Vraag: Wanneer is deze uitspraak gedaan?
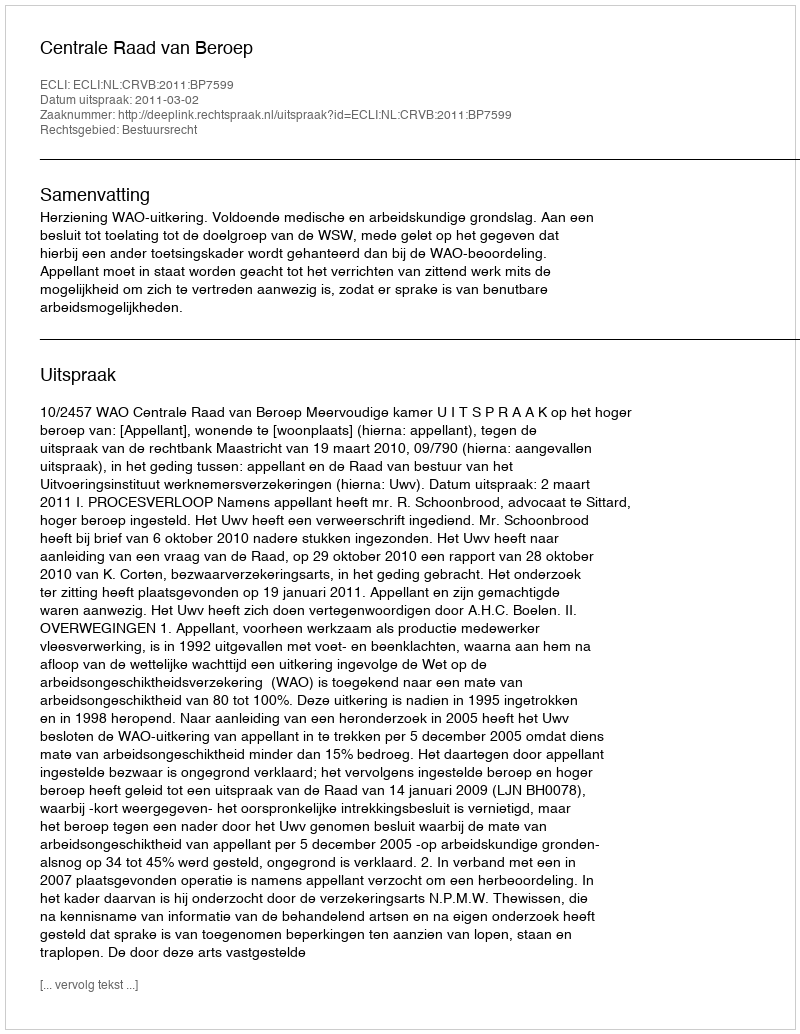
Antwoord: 2011-03-02